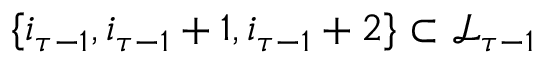
\{ i _ { \tau - 1 } , i _ { \tau - 1 } + 1 , i _ { \tau - 1 } + 2 \} \subset \mathcal { L } _ { \tau - 1 }